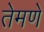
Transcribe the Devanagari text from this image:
तेमणे